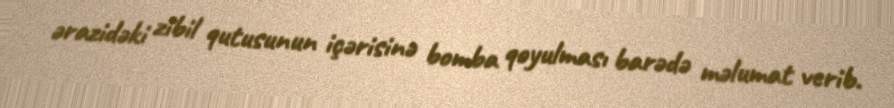
ərazidəki zibil qutusunun içərisinə bomba qoyulması barədə məlumat verib.